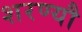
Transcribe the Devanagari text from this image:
शरण्यौ